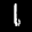
Label: 1